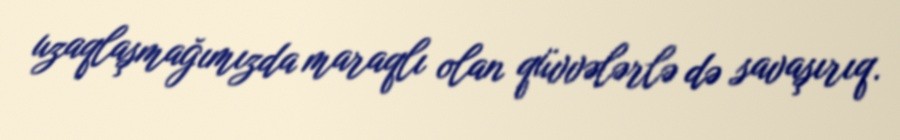
uzaqlaşmağımızda maraqlı olan qüvvələrlə də savaşırıq.